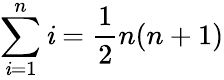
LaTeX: \sum\limits_{\mathit{i}=1}^{n}\mathit{i}=\frac{{1}}{{2}}n(n+1)